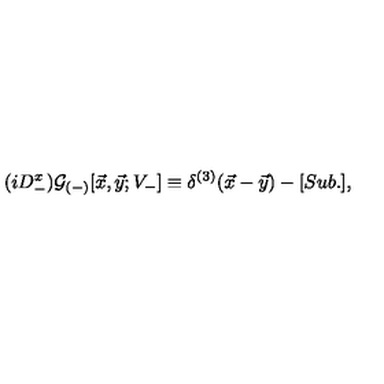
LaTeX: ( i D _ { - } ^ { x } ) { \cal G } _ { ( - ) } [ { \vec { x } } , { \vec { y } } ; V _ { - } ] \equiv \delta ^ { ( 3 ) } ( { \vec { x } } - { \vec { y } } ) - [ S u b . ] ,